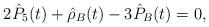
LaTeX: \begin{align*}2\hat{P}_5(t)+\hat{\rho}_B(t)-3\hat{P}_B(t)=0,\end{align*}